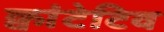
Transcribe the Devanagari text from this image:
क्वांटेटिव